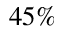
4 5 \%